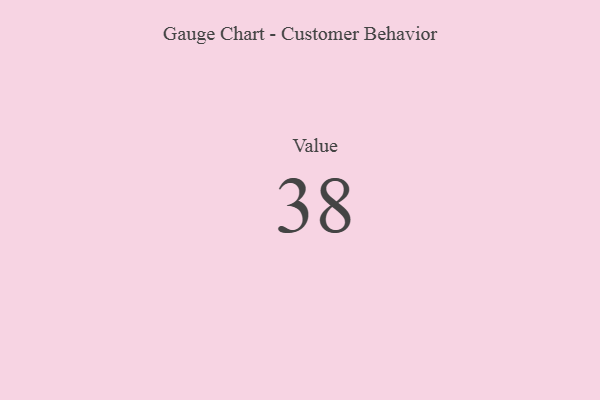
{"axis": {"x": "Metric", "y": "Value"}, "legend": [""], "data": [{"x": "Value", "y": 38, "type": ""}]}